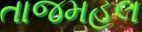
તાજમહલ